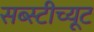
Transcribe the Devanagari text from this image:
सब्स्टीच्यूट